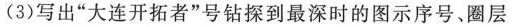
(3)写出”大连开拓者”号钻探到最深时的图示序号、圈层